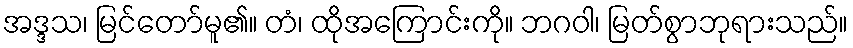
အဒ္ဒသ၊ မြင်တော်မူ၏။ တံ၊ ထိုအကြောင်းကို။ ဘဂဝါ၊ မြတ်စွာဘုရားသည်။